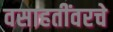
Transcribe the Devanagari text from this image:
वसाहतींवरचे